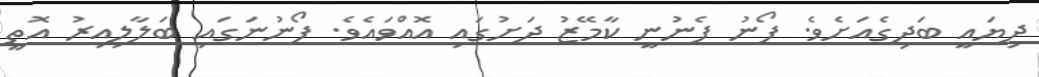
ދިޔައީ ބަދިގެއަށެވެ. ފޯނު ފެނުނީ ކާމޭޒު ދަށުގައި އޮއްވައެވެ. ފޯނުނަގައި ބަލާލިއިރު އޮތީ